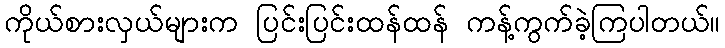
ကိုယ်စားလှယ်များက ပြင်းပြင်းထန်ထန် ကန့်ကွက်ခဲ့ကြပါတယ်။